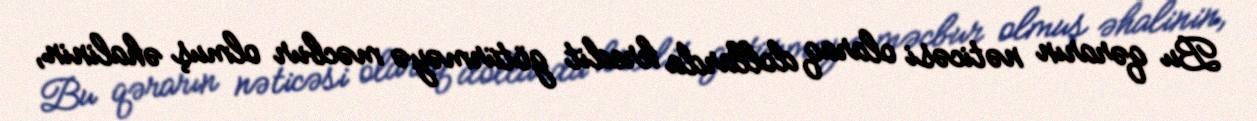
Bu qərarın nəticəsi olaraq dollarda kredit götürməyə məcbur olmuş əhalinin,